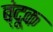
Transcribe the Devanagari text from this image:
ब्ंदूक